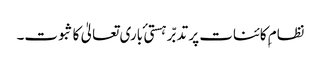
نظام ِکائنات پر تدبّر ہستی ٔ باری تعالیٰ کا ثبوت۔